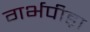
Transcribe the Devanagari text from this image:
गर्भपीड़ा